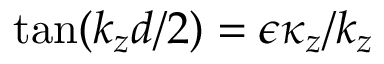
\tan ( k _ { z } d / 2 ) = \epsilon \kappa _ { z } / k _ { z }